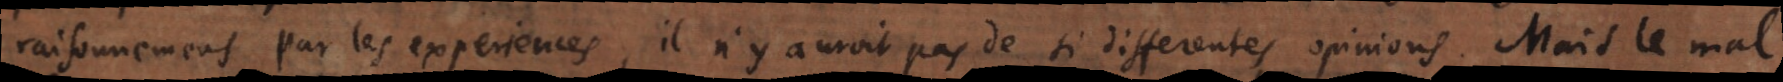
raisonnemens par les experiences, il n’y auroit pas de si differentes opinions. Mais le mal